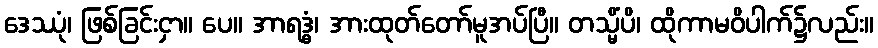
ဒေဿုံ၊ ဖြစ်ခြင်းငှာ။ ပေ။ အာရဒ္ဓံ၊ အားထုတ်တော်မူအပ်ပြီ။ တသ္မိံပိ၊ ထိုကာမဝိပါက်၌လည်း။